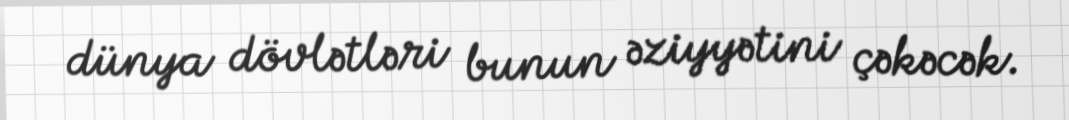
dünya dövlətləri bunun əziyyətini çəkəcək.